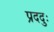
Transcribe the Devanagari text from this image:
प्रददुः